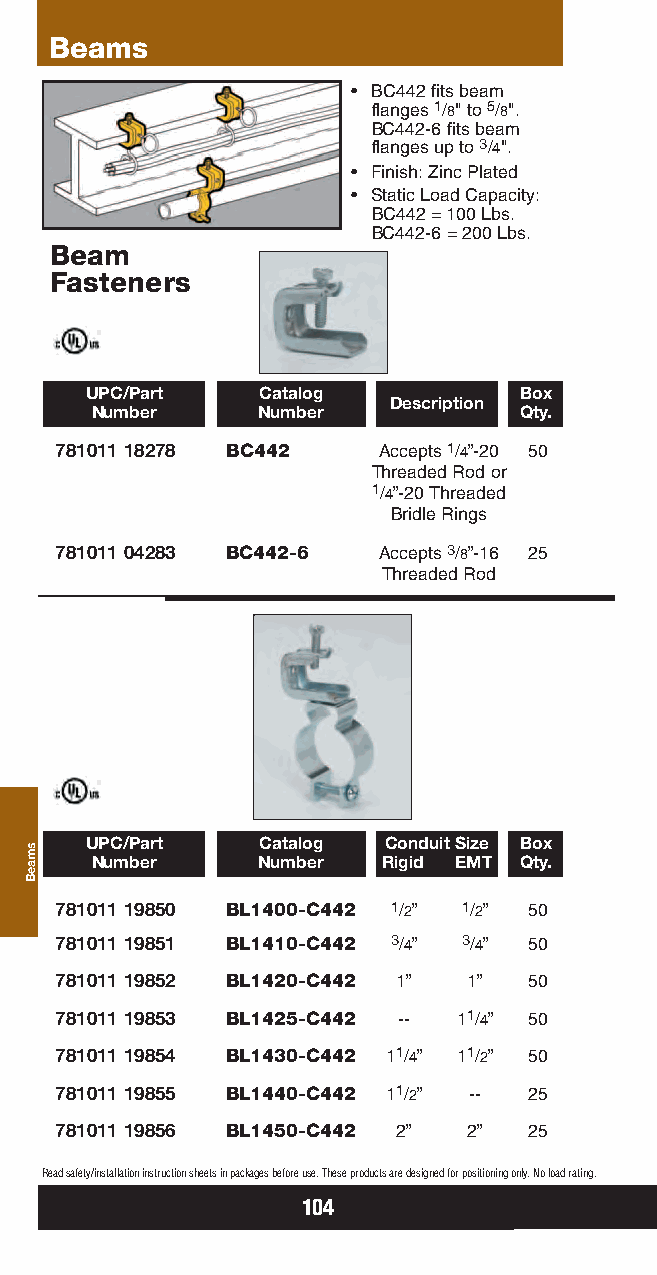
Beams
 • BC442 fits beam
 flanges 1/8" to 5/8".
 BC442-6 fits beam
 flanges up to 3/4".
 • Finish: Zinc Plated
 • Static Load Capacity:
 BC442 = 100 Lbs.
 BC442-6 = 200 Lbs.
 Beam
 Fasteners
 UPC/Part   Catalog          Box
 Description
 Number     Number           Qty.
 781011 18278 BC442   Accepts 1/4”-20 50
 Threaded Rod or
 1/4”-20 Threaded
 Bridle Rings
 781011 04283 BC442-6 Accepts 3/8”-16 25
 Threaded Rod
 UPC/Part   Catalog Conduit Size Box
 Number     Number  Rigid EMT Qty.
 781011 19850 BL1400-C442 1/2” 1/2” 50
 781011 19851 BL1410-C442 3/4” 3/4” 50
 781011 19852 BL1420-C442 1” 1” 50
 781011 19853 BL1425-C442 -- 11/4” 50
 781011 19854 BL1430-C442 11/4” 11/2” 50
 781011 19855 BL1440-C442 11/2” -- 25
 781011 19856 BL1450-C442 2” 2” 25
 Read safety/installation instruction sheets in packages before use. These products are designed for positioning only. No load rating.
 104
 smaeB